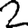
Digit: 2